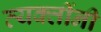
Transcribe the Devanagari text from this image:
व्‍यक्‍तींनी